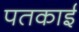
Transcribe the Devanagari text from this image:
पतकाई